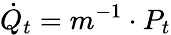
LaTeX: \dot{Q}_{t}=m^{-1}\cdot P_{t}